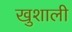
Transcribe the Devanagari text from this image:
खुशाली